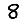
Digit: 8